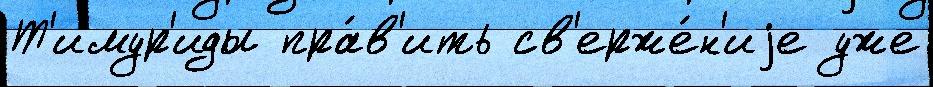
Т'имур'иды пра́в'ить св'ерже́н'иjе уже